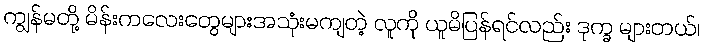
ကျွန်မတို့ မိန်းကလေးတွေများအသုံးမကျတဲ့ လူကို ယူမိပြန်ရင်လည်း ဒုက္ခ များတယ်၊